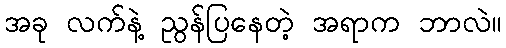
အခု လက်နဲ့ ညွန်ပြနေတဲ့ အရာက ဘာလဲ။